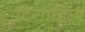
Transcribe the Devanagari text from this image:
दिसाहित्य